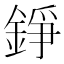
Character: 錚